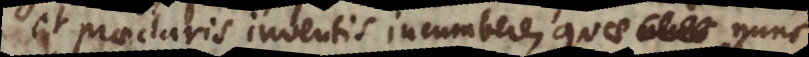
et praeclaris inventis incumbere, quae nunc